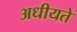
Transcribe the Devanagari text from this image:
अधीयते